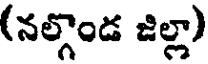
(నల్గొండ జిల్లా)